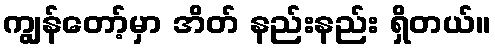
ကျွန်တော့်မှာ အိတ် နည်းနည်း ရှိတယ်။